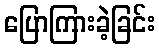
ပြောကြားခဲ့ခြင်း